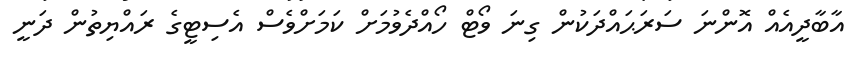
އާބާދީއެއް އޮންނަ ސަރަޙައްދަކުން ގިނަ ވޯޓް ހޯއްދެވުމަށް ކަމަށްވެސް އެސިޓީގެ ރައްޔިތުން ދަނީ